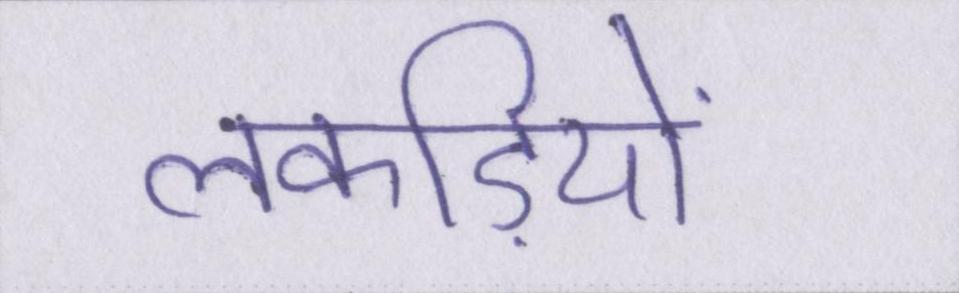
लकड़ियों